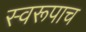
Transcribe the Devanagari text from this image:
स्वरूपाच